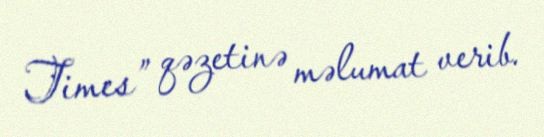
Times” qəzetinə məlumat verib.